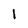
Character: 1